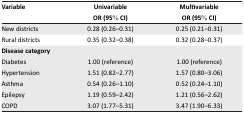
| Variable | UnivariableOR (95% CI) | MultivariableOR (95% CI) |
 | --- | --- | --- |
 | New districts | 0.28 (0.26–0.31) | 0.25 (0.21–0.31) |
 | Rural districts | 0.35 (0.32–0.38) | 0.32 (0.28–0.37) |
 | Disease category |  |  |
 | Diabetes | 1.00 (reference) | 1.00 (reference) |
 | Hypertension | 1.51 (0.82–2.77) | 1.57 (0.80–3.06) |
 | Asthma | 0.54 (0.26–1.10) | 0.52 (0.24–1.10) |
 | Epilepsy | 1.19 (0.59–2.42) | 1.21 (0.56–2.62) |
 | COPD | 3.07 (1.77–5.31) | 3.47 (1.90–6.33) |